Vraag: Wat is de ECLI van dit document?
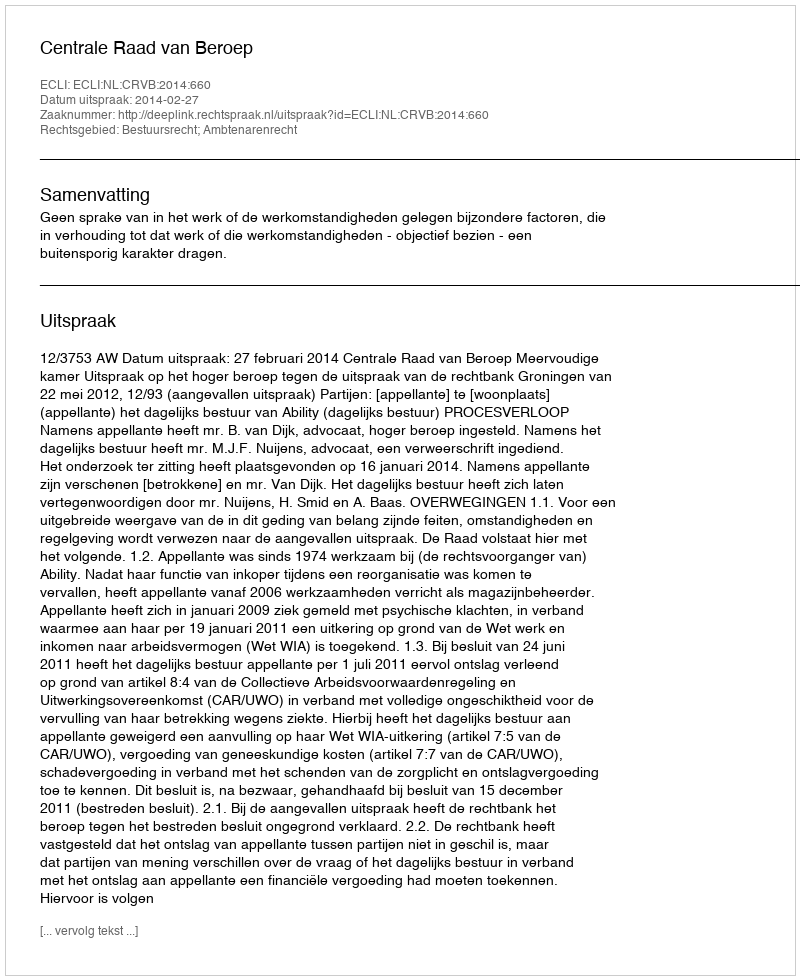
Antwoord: ECLI:NL:CRVB:2014:660